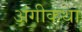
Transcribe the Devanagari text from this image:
अंगीकथा